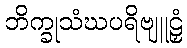
ဘိက္ခုသံဃပရိဗျူဠှံ